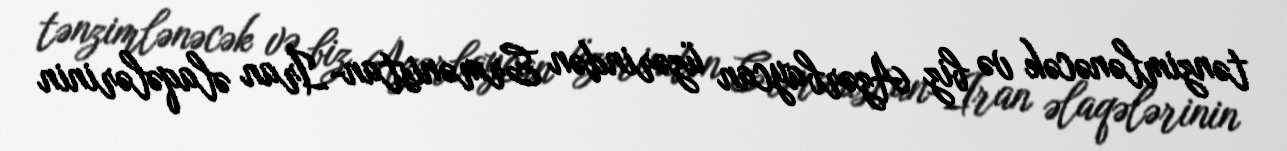
tənzimlənəcək və biz Azərbaycan üzərindən Ermənistan-İran əlaqələrinin